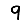
Digit: 9